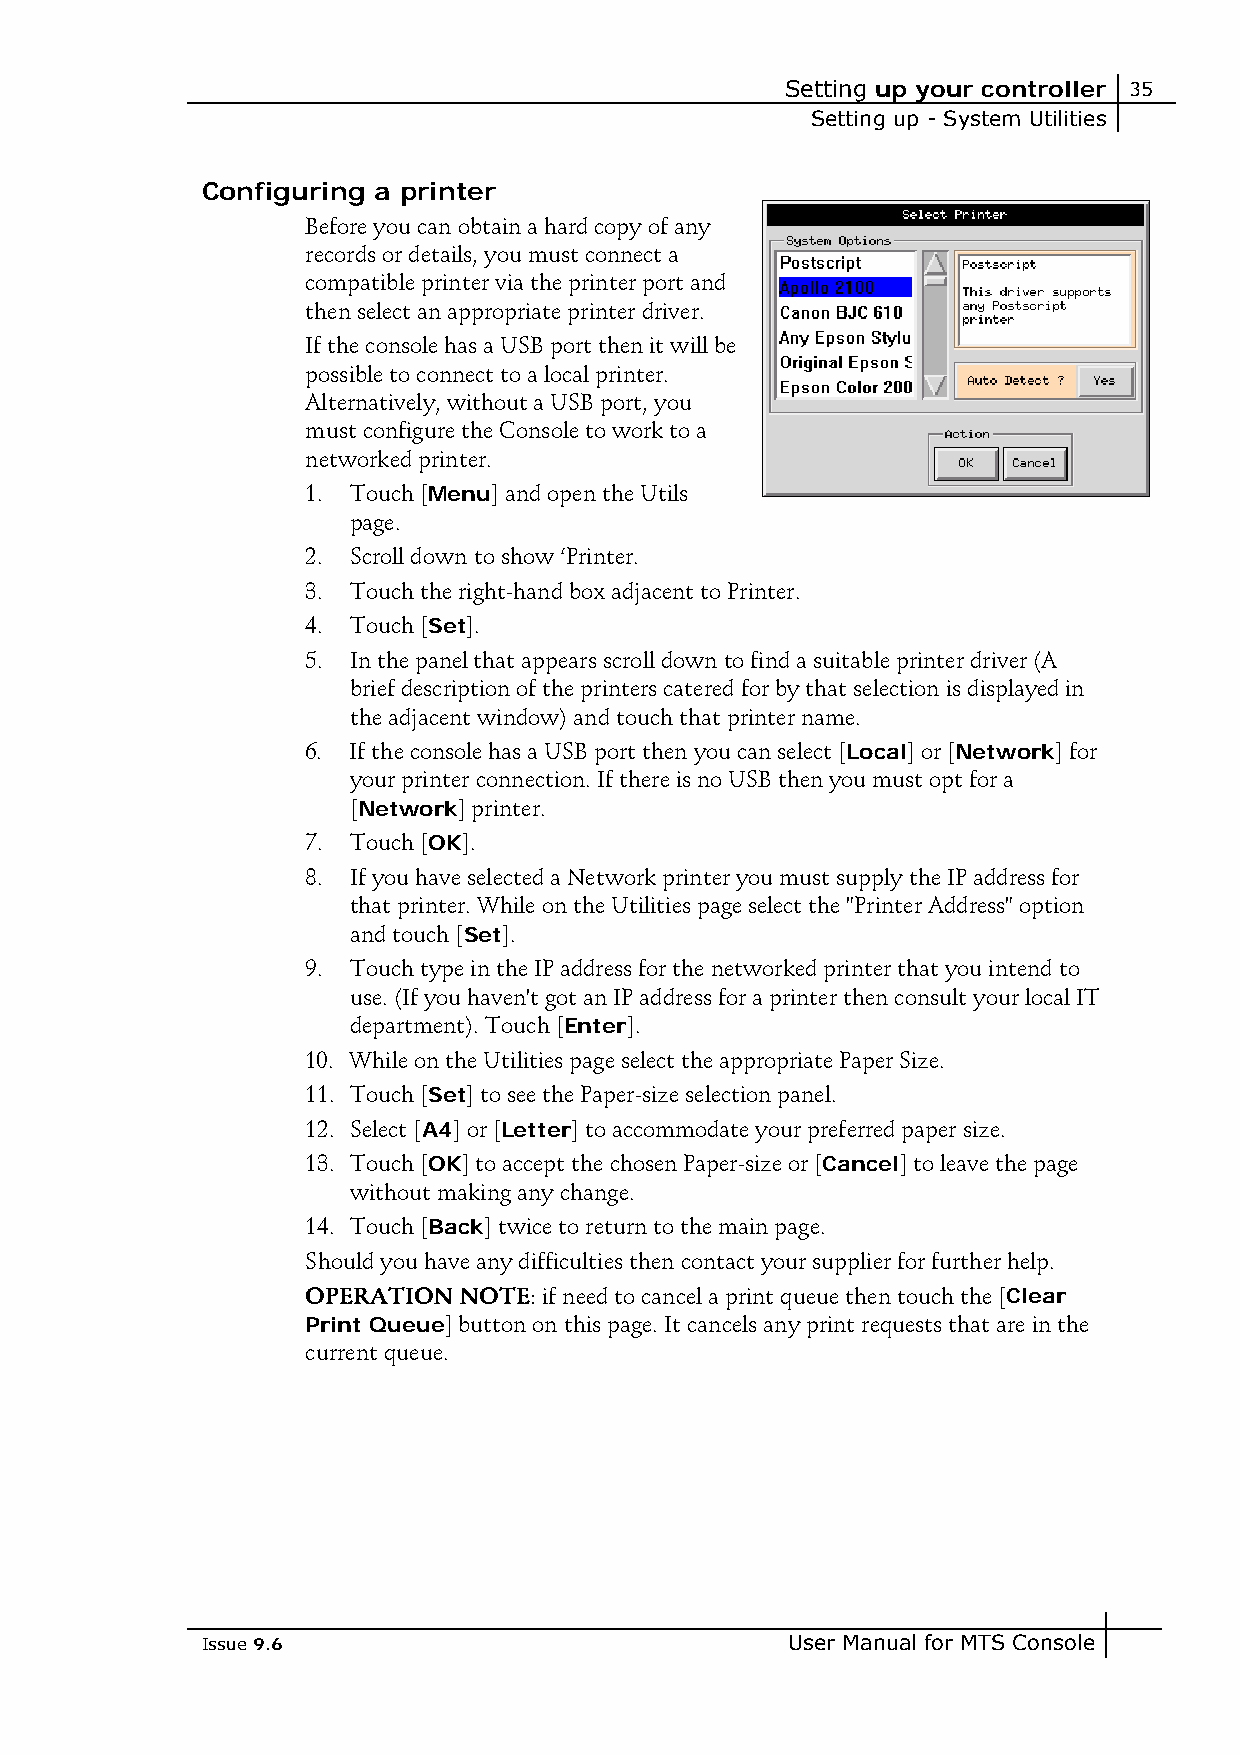
Setting up your controller 35
 Setting up - System Utilities
 Configuring a printer
 Before you can obtain a hard copy of any
 records or details, you must connect a
 compatible printer via the printer port and
 then select an appropriate printer driver.
 If the console has a USB port then it will be
 possible to connect to a local printer.
 Alternatively, without a USB port, you
 must configure the Console to work to a
 networked printer.
 1. Touch [Menu] and open the Utils
 page.
 2. Scroll down to show ‘Printer.
 3. Touch the right-hand box adjacent to Printer.
 4. Touch [Set].
 5. In the panel that appears scroll down to find a suitable printer driver (A
 brief description of the printers catered for by that selection is displayed in
 the adjacent window) and touch that printer name.
 6. If the console has a USB port then you can select [Local] or [Network] for
 your printer connection. If there is no USB then you must opt for a
 [Network] printer.
 7. Touch [OK].
 8. If you have selected a Network printer you must supply the IP address for
 that printer. While on the Utilities page select the "Printer Address" option
 and touch [Set].
 9. Touch type in the IP address for the networked printer that you intend to
 use. (If you haven't got an IP address for a printer then consult your local IT
 department). Touch [Enter].
 10. While on the Utilities page select the appropriate Paper Size.
 11. Touch [Set] to see the Paper-size selection panel.
 12. Select [A4] or [Letter] to accommodate your preferred paper size.
 13. Touch [OK] to accept the chosen Paper-size or [Cancel] to leave the page
 without making any change.
 14. Touch [Back] twice to return to the main page.
 Should you have any difficulties then contact your supplier for further help.
 OPERATION NOTE: if need to cancel a print queue then touch the [Clear
 Print Queue] button on this page. It cancels any print requests that are in the
 current queue.
 Issue 9.6                              User Manual for MTS Console